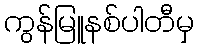
ကွန်မြူနစ်ပါတီမှ